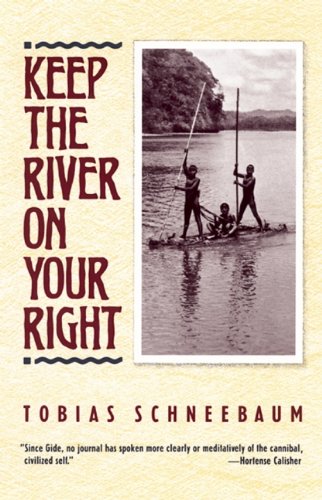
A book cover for Keep the River on Your Right; Tobias Schneebaum; Travel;